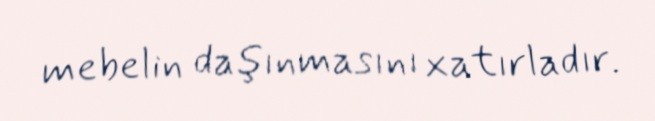
mebelin daşınmasını xatırladır.